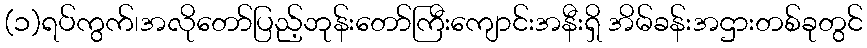
(၁)ရပ်ကွက်၊အလိုတော်ပြည့်ဘုန်းတော်ကြီးကျောင်းအနီးရှိ အိမ်ခန်းအဌားတစ်ခုတွင်